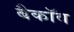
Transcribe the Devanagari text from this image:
बैकॉव